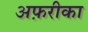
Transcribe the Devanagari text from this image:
अफ़रीका